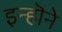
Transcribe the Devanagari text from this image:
इन्हॊने